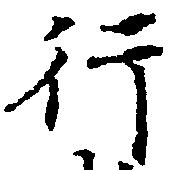
行